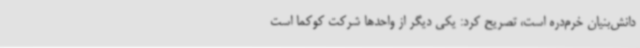
دانش‌بنیان خرم‌دره است، تصریح کرد: یکی دیگر از واحدها شرکت کوکما است